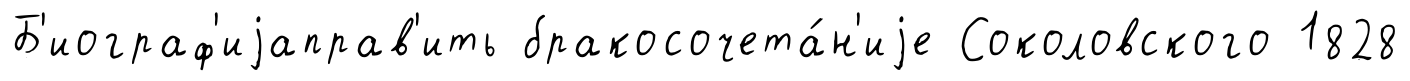
Б'иограф'иjаправ'ить бракосочета́н'иjе Соколовского 1828